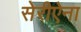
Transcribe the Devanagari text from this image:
सेरीऐना